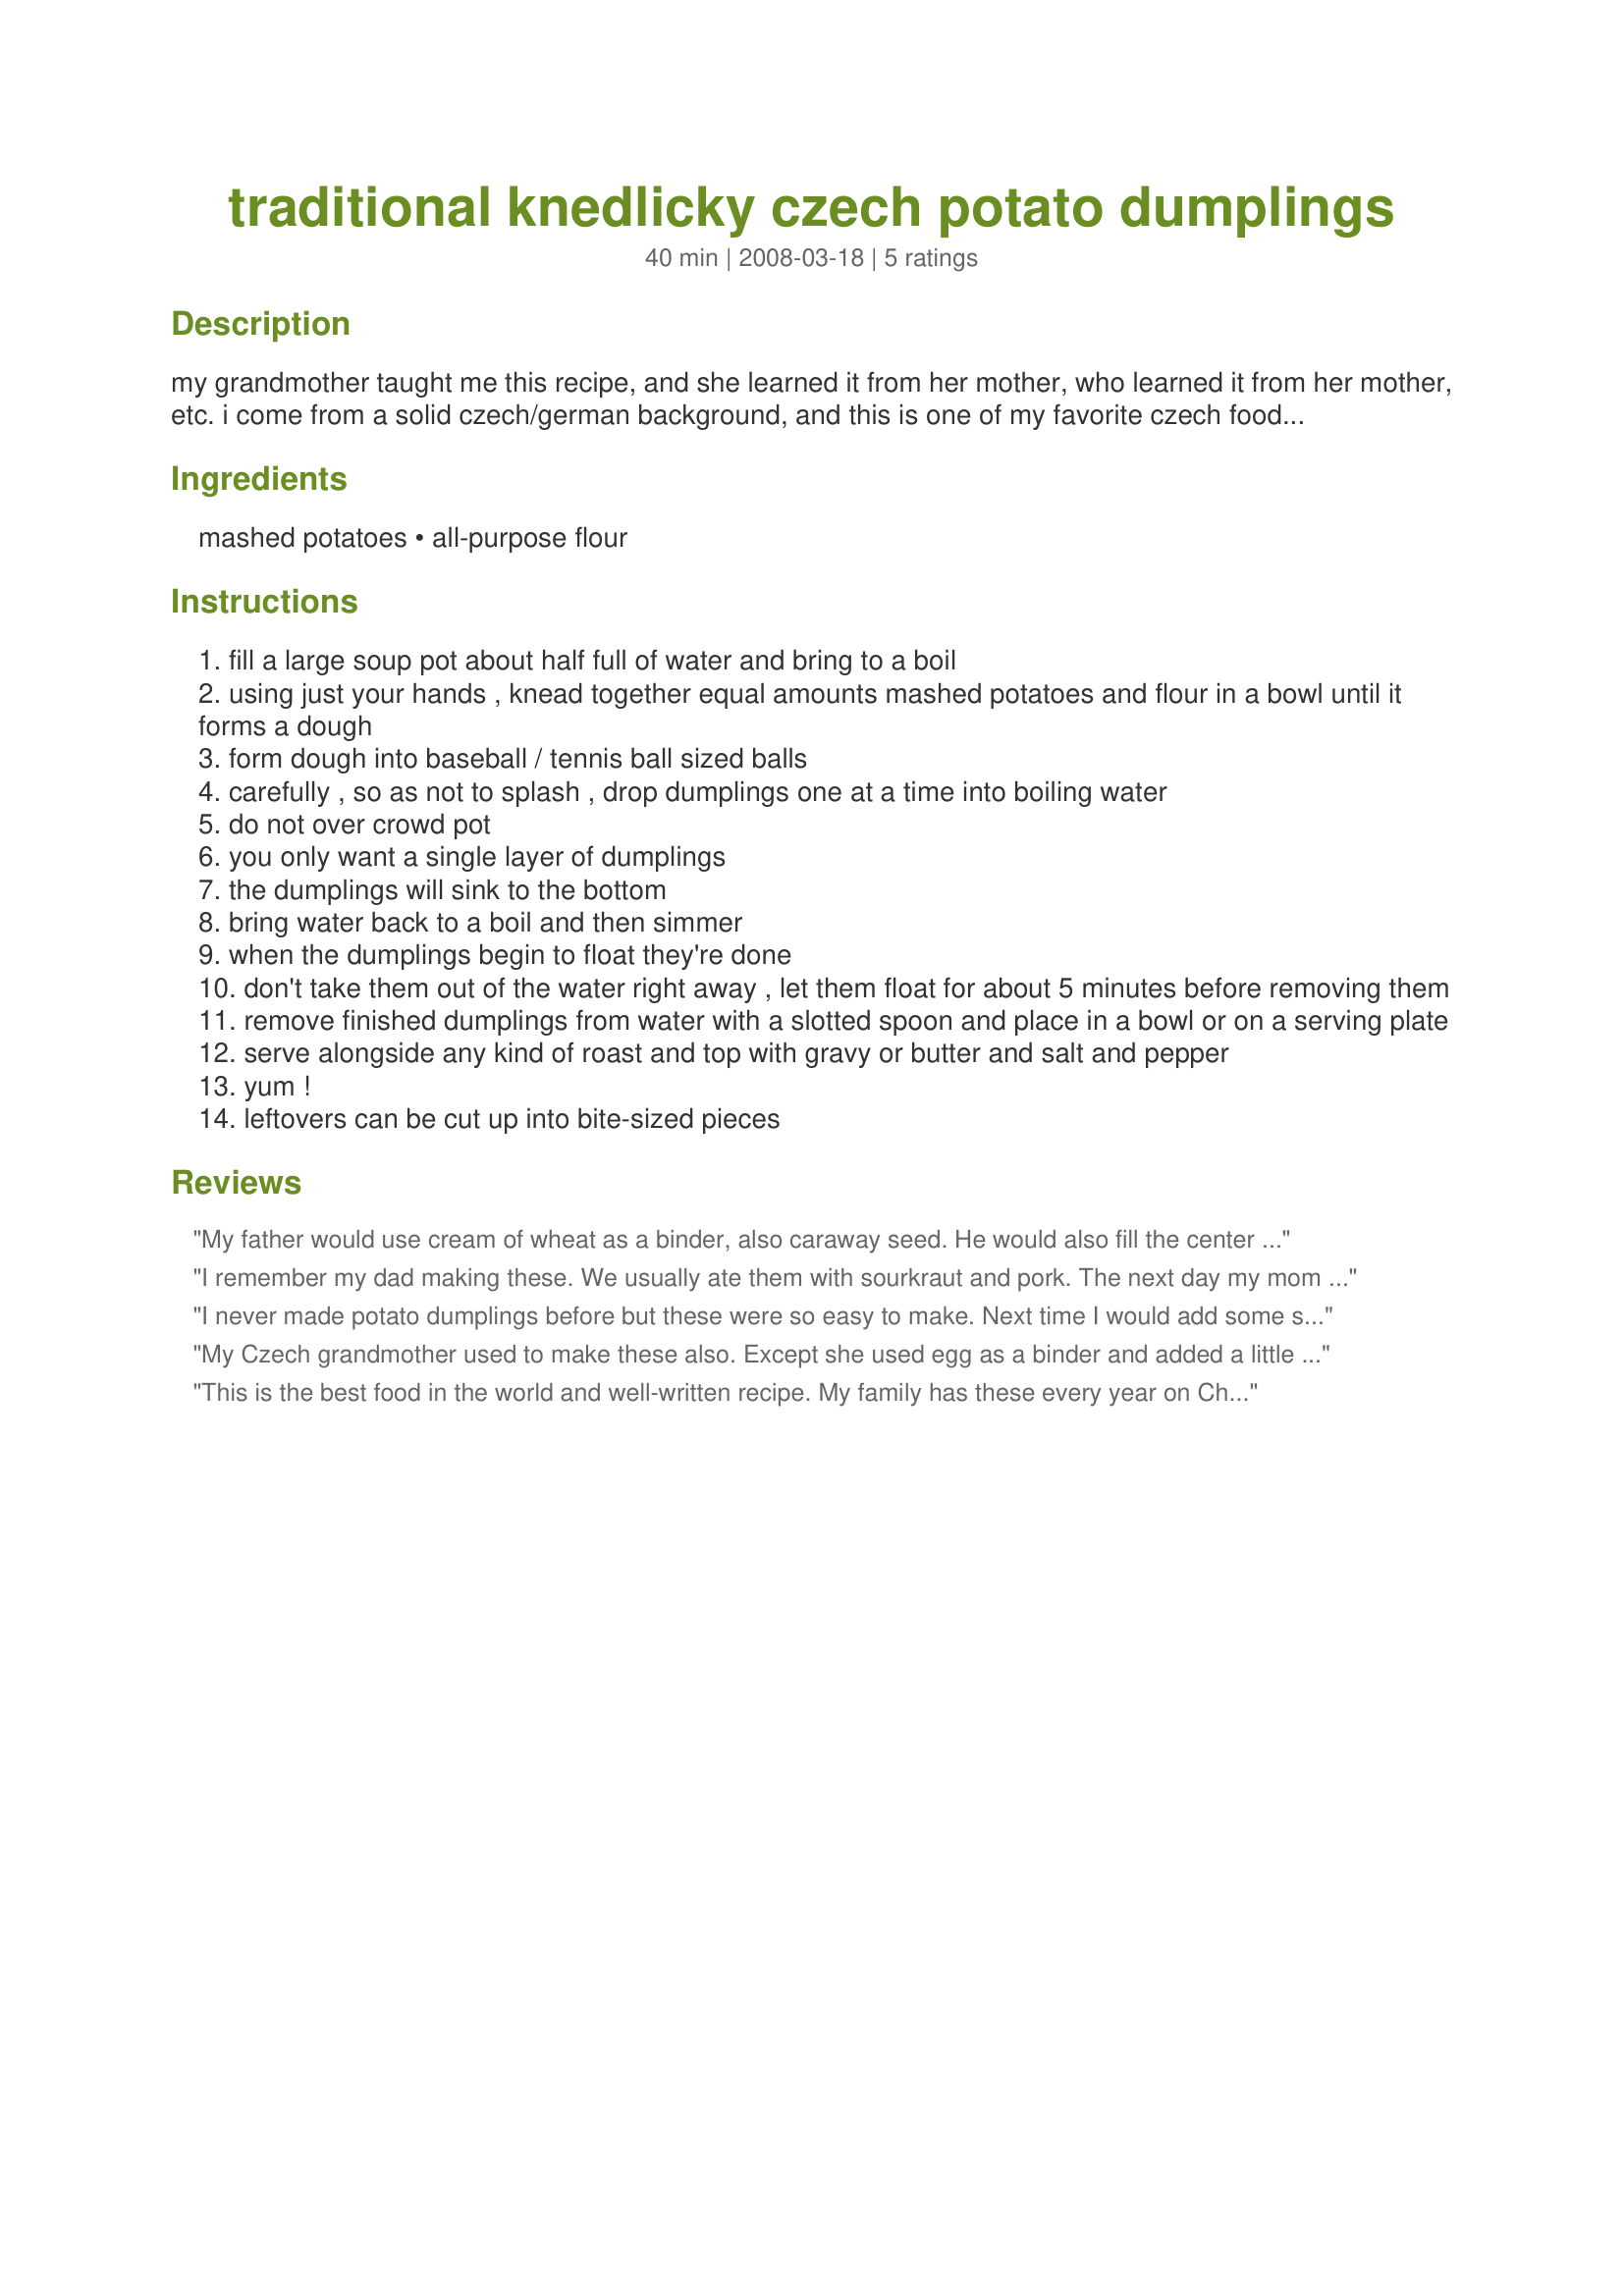
traditional knedlicky czech potato dumplings
Preparation time: 40 minutes

my grandmother taught me this recipe, and she learned it from her mother, who learned it from her mother, etc. i come from a solid czech/german background, and this is one of my favorite czech foods. it's really easy, and very filling.

Ingredients:
mashed potatoes, all-purpose flour

Steps:
fill a large soup pot about half full of water and bring to a boil
using just your hands , knead together equal amounts mashed potatoes and flour in a bowl until it forms a dough
form dough into baseball / tennis ball sized balls
carefully , so as not to splash , drop dumplings one at a time into boiling water
do not over crowd pot
you only want a single layer of dumplings
the dumplings will sink to the bottom
bring water back to a boil and then simmer
when the dumplings begin to float they're done
don't take them out of the water right away , let them float for about 5 minutes before removing them
remove finished dumplings from water with a slotted spoon and place in a bowl or on a serving plate
serve alongside any kind of roast and top with gravy or butter and salt and pepper
yum !
leftovers can be cut up into bite-sized pieces

Reviews:
My father would use cream of wheat as a binder, also caraway seed. He would also fill the center of the dumpling with cut up squares of ham and sharp cheddar cheese
I remember my dad making these. We usually ate them with sourkraut and pork. The next day my mom would reheat them and serve them scrambled with eggs and cheese. Oh my goodness the flavor from the kraut went so well with the eggs and cheese. Making them tomorrow so I can have them for breakfast the next day!
I never made potato dumplings before but these were so easy to make. Next time I would add some seasoning to the mashed potatoes. My boys and I enjoyed these. Made for Spring PAC 2010.
My Czech grandmother used to make these also. Except she used egg as a binder and added a little salt and flour in with the potatoes. But for some reason she always grated the potatoes instead of mashing them. I have since learned that they are also called kopytka (Polish) and gnocchi (Italian).
This is the best food in the world and well-written recipe. My family has these every year on Christmas and my grandmother is very protective of the recipe. My family serves this with sauerkraut. Also, if there are any leftovers, we chop it into small slices and fry it in a little oil with some pork. That's the only way grandpa would eat them. It tastes great!
